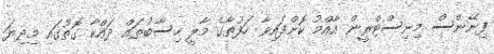
ފިނޭންސް މިނިސްޓްރީން އާއްމު ކޮށްފައިވާ ހަފުތާގެ މާލީ ހިސާބުތައް ދައްކާ ގޮތުގައި މިދިޔަ